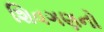
શિવગણનો